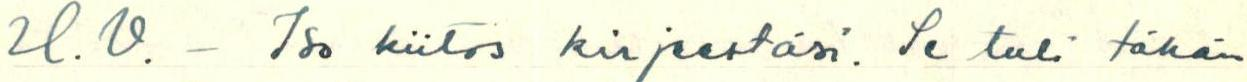
H.V. - Iso kiitos kirjeestäsi. Se tuli tähän